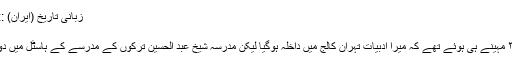
﻿ زبانی تاریخ (ایران) :: امیرانی اور ان کا میگزین "خواندنی ھا"
امیرانی اور ان کا میگزین "خواندنی ھا"
۱۳۲۶ شمسی کی بات ہے،ابھی ۲ سے ۳ مہینے ہی ہوئے تھے کہ میرا ادبیات تہران کالج میں داخلہ ہوگیا لیکن مدرسہ شیخ عبد الحسین ترکوں کے مدرسے کے ہاسٹل میں دوسرے ۳ ،۴ لڑکوں کے ساتھ رہ رہا تھا۔